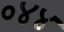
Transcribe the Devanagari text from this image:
०४४